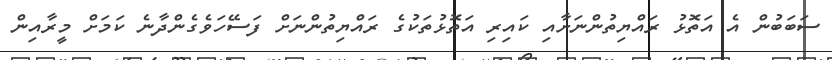
ސަބަބުން އެ އަތޮޅު ރައްޔިތުންނަށާއި ކައިރި އަތޮޅުތަކުގެ ރައްޔިތުންނަށް ފަސޭހަވެގެންދާނެ ކަމަށް މީރާއިން